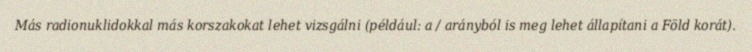
Más radionuklidokkal más korszakokat lehet vizsgálni (például: a / arányból is meg lehet állapítani a Föld korát).